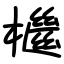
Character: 檵